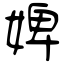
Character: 婢